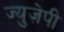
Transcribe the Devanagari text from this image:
ज्युज़ेपी